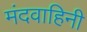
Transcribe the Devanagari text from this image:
मंदवाहिनी